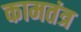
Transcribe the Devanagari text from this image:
कामतंत्र